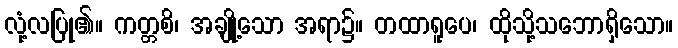
လုံ့လပြု၏။ ကတ္တစိ၊ အချို့သော အရာ၌။ တထာရူပေ၊ ထိုသို့သဘောရှိသော။